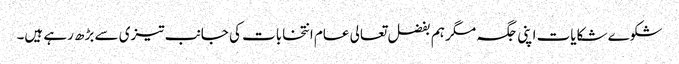
شکوے شکایات اپنی جگہ مگر ہم بفضل تعالی عام انتخابات کی جانب تیزی سے بڑھ رہے ہیں۔